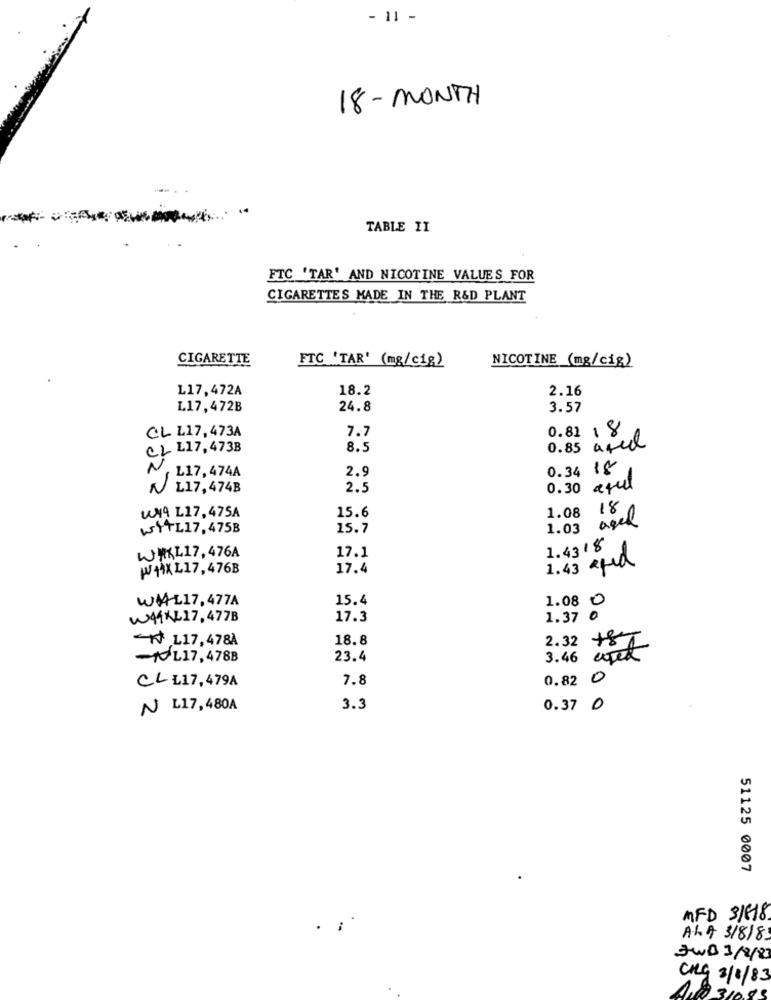
- 11 -
18 - MONTH
TABLE II
FTC "TAR' AND NICOTINE VALUES FOR
CIGARETTES MADE IN THE R&D PLANT
CIGARETTE
FTC "TAR' (mg/c1g)
NICOTINE (mg/cig)
L17,472A
18.2
2.16
L17,472B
24.8
3.57
CL L17, 473A
7.7
0.81 1 8.0
CL L17, 473B
8.5
0.85 avec
N
L17, 474A
2.9
0.34 18
NL17,474B
2.
0.30 afull
15.6
1.08 18
UNA L17, 475A
aged
WYTL17, 475B
15.7
1.03
W#KL17, 476A
1.4318
17.1
1.43 and
W4XL17,476B
17.4
WAL17,477A
15.4
1.08 0
W44XL17, 477B
17.3
1.37 0
< L17,478À
18.8
2.32
+87
-L17, 478B
23.4
3.46 wick
CLL17,479A
7.8
0.82 0
N L17,480A
3.3
0.37 0
51125 0007
MFD 31618
ALA 3/8/8.
JWB 3/2/83
Cng 3/8/83
1.8 3